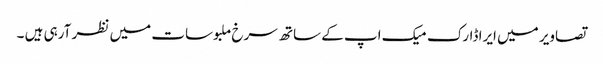
تصاویر میں ایرا ڈارک میک اپ کے ساتھ سرخ ملبوسات میں نظر آرہی ہیں ۔